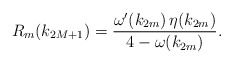
\begin{align*}R_m(k_{2M+1})=\frac{\omega'(k_{2m})\,\eta(k_{2m})}{4-\omega(k_{2m})}.\end{align*}